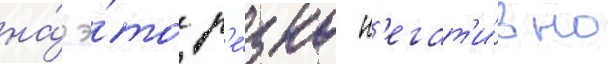
на́ э́то р'е́зко н'егат'и́вно